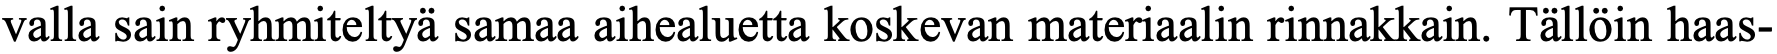
valla sain ryhmiteltyä samaa aihealuetta koskevan materiaalin rinnakkain. Tällöin haas-